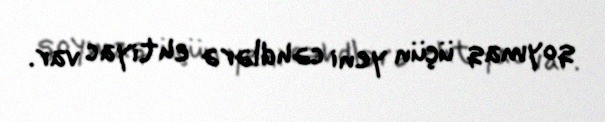
qoymaq üçün yeni cəhdlərə ehtiyac var.